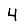
Digit: 4